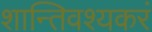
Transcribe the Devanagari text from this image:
शान्तिवश्यकरं